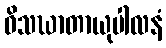
ဝိသဃာတာယုပါလနံ